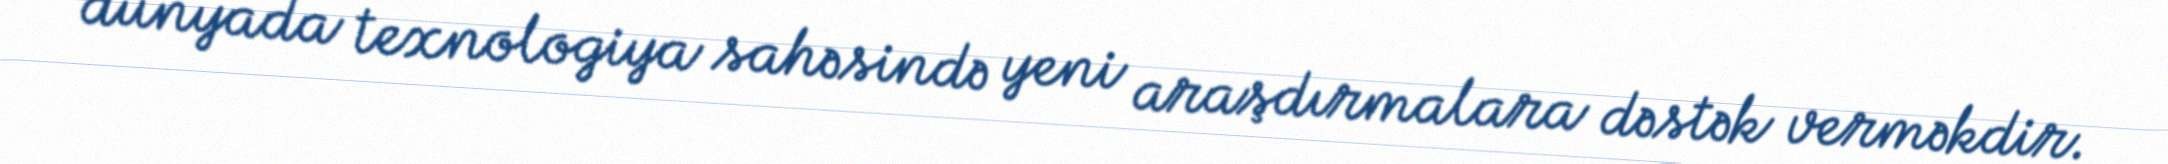
dünyada texnologiya sahəsində yeni araşdırmalara dəstək verməkdir.